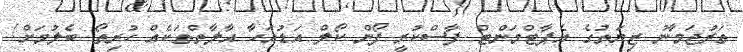
ތަރުޖަމާނު ޒިޔަތުގެ އެޕާޓްމަންޓް ފާސްކުރީ ފޯން ކޯލް އަޑުއަހާ އާލާތްތަކެއް ހުރިތޯ ބެލުމަށް!